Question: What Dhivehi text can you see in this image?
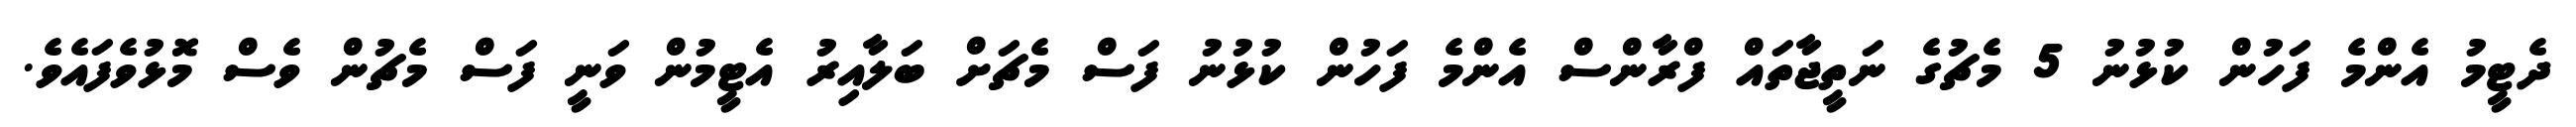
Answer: ދެޓީމު އެންމެ ފަހުން ކުޅުނު 5 މެޗުގެ ނަތީޖާތައް ފްރާންސް އެންމެ ފަހުން ކުޅުނު ފަސް މެޗަށް ބަލާއިރު އެޓީމުން ވަނީ ފަސް މެޗުން ވެސް މޮޅުވެފައެވެ.